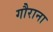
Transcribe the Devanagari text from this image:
गौराना